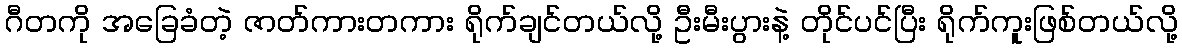
ဂီတကို အခြေခံတဲ့ ဇာတ်ကားတကား ရိုက်ချင်တယ်လို့ ဦးမီးပွားနဲ့ တိုင်ပင်ပြီး ရိုက်ကူးဖြစ်တယ်လို့